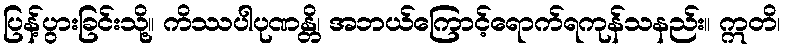
ပြန့်ပွားခြင်းသို့။ ကိဿပါပုဏန္တိ၊ အဘယ်ကြောင့်ရောက်ရကုန်သနည်း။ ဣတိ၊